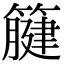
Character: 𥴤